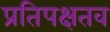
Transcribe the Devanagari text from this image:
प्रतिपक्षतव